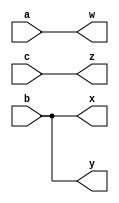
// This program was cloned from: https://github.com/milind7777/VerilogDocGen
// License: MIT License

module wire4 (
  input a,
  input b,
  input c,
  output w,
  output x,
  output y,
  output z
);

  assign {w,x,y,z} = {a,b,b,c};

endmodule